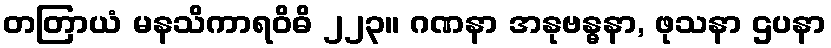
တတြာယံ မနသိကာရဝိဓိ ၂၂၃။ ဂဏနာ အနုဗန္ဓနာ, ဖုသနာ ဌပနာ